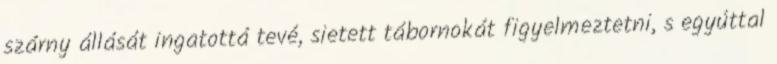
szárny állását ingatottá tevé, sietett tábornokát figyelmeztetni, s egyúttal